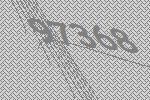
97368